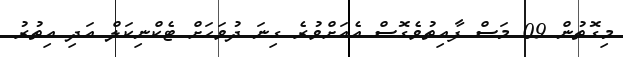
މިގޮތުން 09 މަސް ފާއިތުވެގޮސް އެއަށްވުރެ ގިނަ ދުވަހަށް ޓެކްނިކަލް އަދި އިތުރު